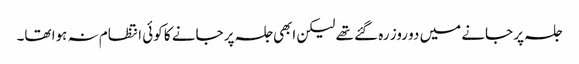
جلسہ پر جانے میں دو روز رہ گئے تھے لیکن ابھی جلسہ پر جانے کا کوئی انتظام نہ ہوا تھا۔